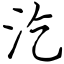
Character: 汔